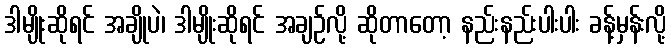
ဒါမျိုးဆိုရင် အချိုပဲ၊ ဒါမျိုးဆိုရင် အချဉ်လို့ ဆိုတာတော့ နည်းနည်းပါးပါး ခန့်မှန်းလို့